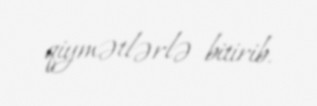
qiymətlərlə bitirib.